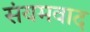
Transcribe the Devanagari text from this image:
संयमवाद